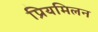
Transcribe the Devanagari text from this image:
प्रियमिलन